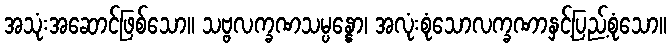
အသုံးအဆောင်ဖြစ်သော။ သဗ္ဗလက္ခဏသမ္ပန္နော၊ အလုံးစုံသောလက္ခဏာနှင့်ပြည့်စုံသော။